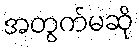
အတွက်မဆို